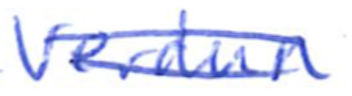
Text: Verdun
Cross-out: double-line
Writing tool: ballpoint